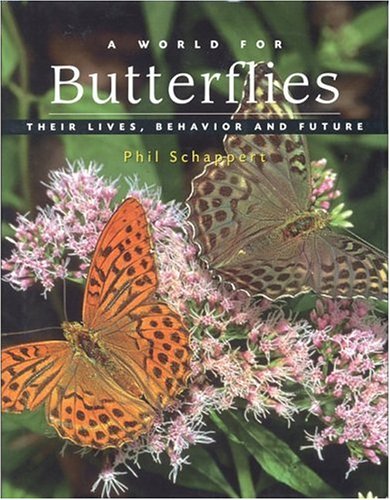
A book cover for A World for Butterflies: Their Lives, Behavior and Future; Phillip Schappert; Sports & Outdoors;